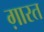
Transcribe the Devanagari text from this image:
ग़ारत